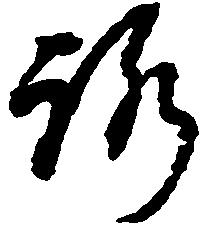
路